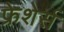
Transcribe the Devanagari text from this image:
फ्रेशेर्स